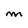
Character: M